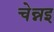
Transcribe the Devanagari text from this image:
चेन्नइ